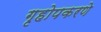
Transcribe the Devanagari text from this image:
गृहोपकरणे